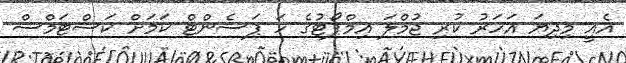
އެއީ މިދިޔަ އަހަރު ކުރި ޖުމްލަ އިމްޕޯޓުގެ ހަ ޕަސެންޓް ކަމަށް ކަސްޓަމްސް